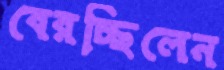
বেরচ্ছিলেন